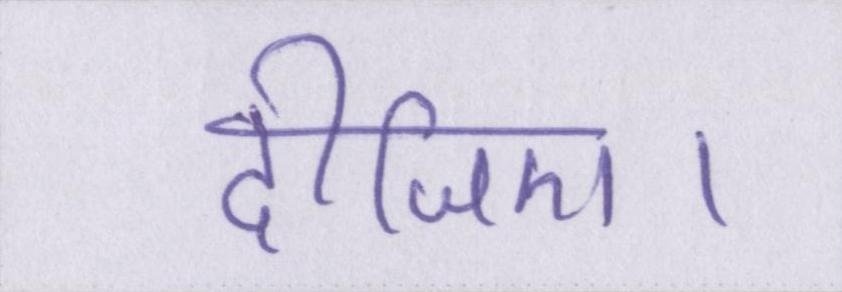
दीजिए।